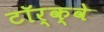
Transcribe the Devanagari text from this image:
टॉर्क्वे